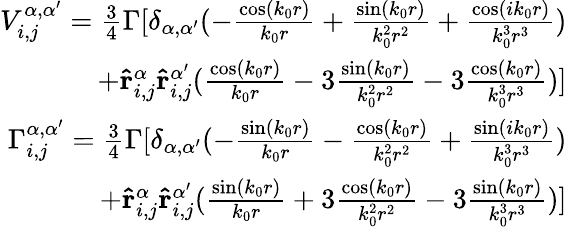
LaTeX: \begin{array}{r}{V_{i,j}^{\alpha,\alpha^{\prime}}=\frac{3}{4}\Gamma[\delta_{\alpha,\alpha^{\prime}}(-\frac{\cos(k_{0}r)}{k_{0}r}+\frac{\sin(k_{0}r)}{k_{0}^{2}r^{2}}+\frac{\cos(ik_{0}r)}{k_{0}^{3}r^{3}})}\\ {+\mathbf{\hat{r}}_{i,j}^{\alpha}\mathbf{\hat{r}}_{i,j}^{\alpha^{\prime}}(\frac{\cos(k_{0}r)}{k_{0}r}-3\frac{\sin(k_{0}r)}{k_{0}^{2}r^{2}}-3\frac{\cos(k_{0}r)}{k_{0}^{3}r^{3}})]}\\ {\Gamma_{i,j}^{\alpha,\alpha^{\prime}}=\frac{3}{4}\Gamma[\delta_{\alpha,\alpha^{\prime}}(-\frac{\sin(k_{0}r)}{k_{0}r}-\frac{\cos(k_{0}r)}{k_{0}^{2}r^{2}}+\frac{\sin(ik_{0}r)}{k_{0}^{3}r^{3}})}\\ {+\mathbf{\hat{r}}_{i,j}^{\alpha}\mathbf{\hat{r}}_{i,j}^{\alpha^{\prime}}(\frac{\sin(k_{0}r)}{k_{0}r}+3\frac{\cos(k_{0}r)}{k_{0}^{2}r^{2}}-3\frac{\sin(k_{0}r)}{k_{0}^{3}r^{3}})]}\end{array}